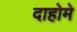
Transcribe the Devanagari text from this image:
दाहोमे